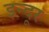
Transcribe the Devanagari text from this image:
इन्दूर